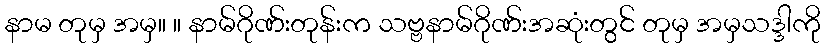
နာမ တုမှ အမှ။ ။ နာမ်ဂိုဏ်းတုန်းက သဗ္ဗနာမ်ဂိုဏ်းအဆုံးတွင် တုမှ အမှသဒ္ဒါကို